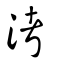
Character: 洘